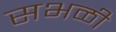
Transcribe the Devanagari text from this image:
सभळी